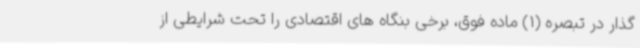
گذار در تبصره (1) ماده فوق، برخی بنگاه های اقتصادی را تحت شرایطی از